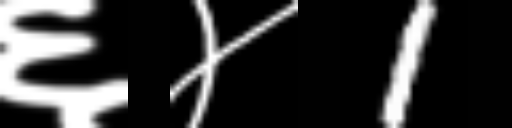
Text: ६४1